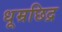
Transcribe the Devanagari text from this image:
धूम्रछिद्र